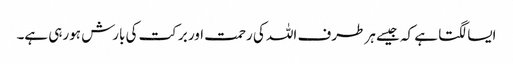
ایسا لگتا ہے کہ جیسے ہر طرف اللہ کی رحمت اور برکت کی بارش ہورہی ہے۔